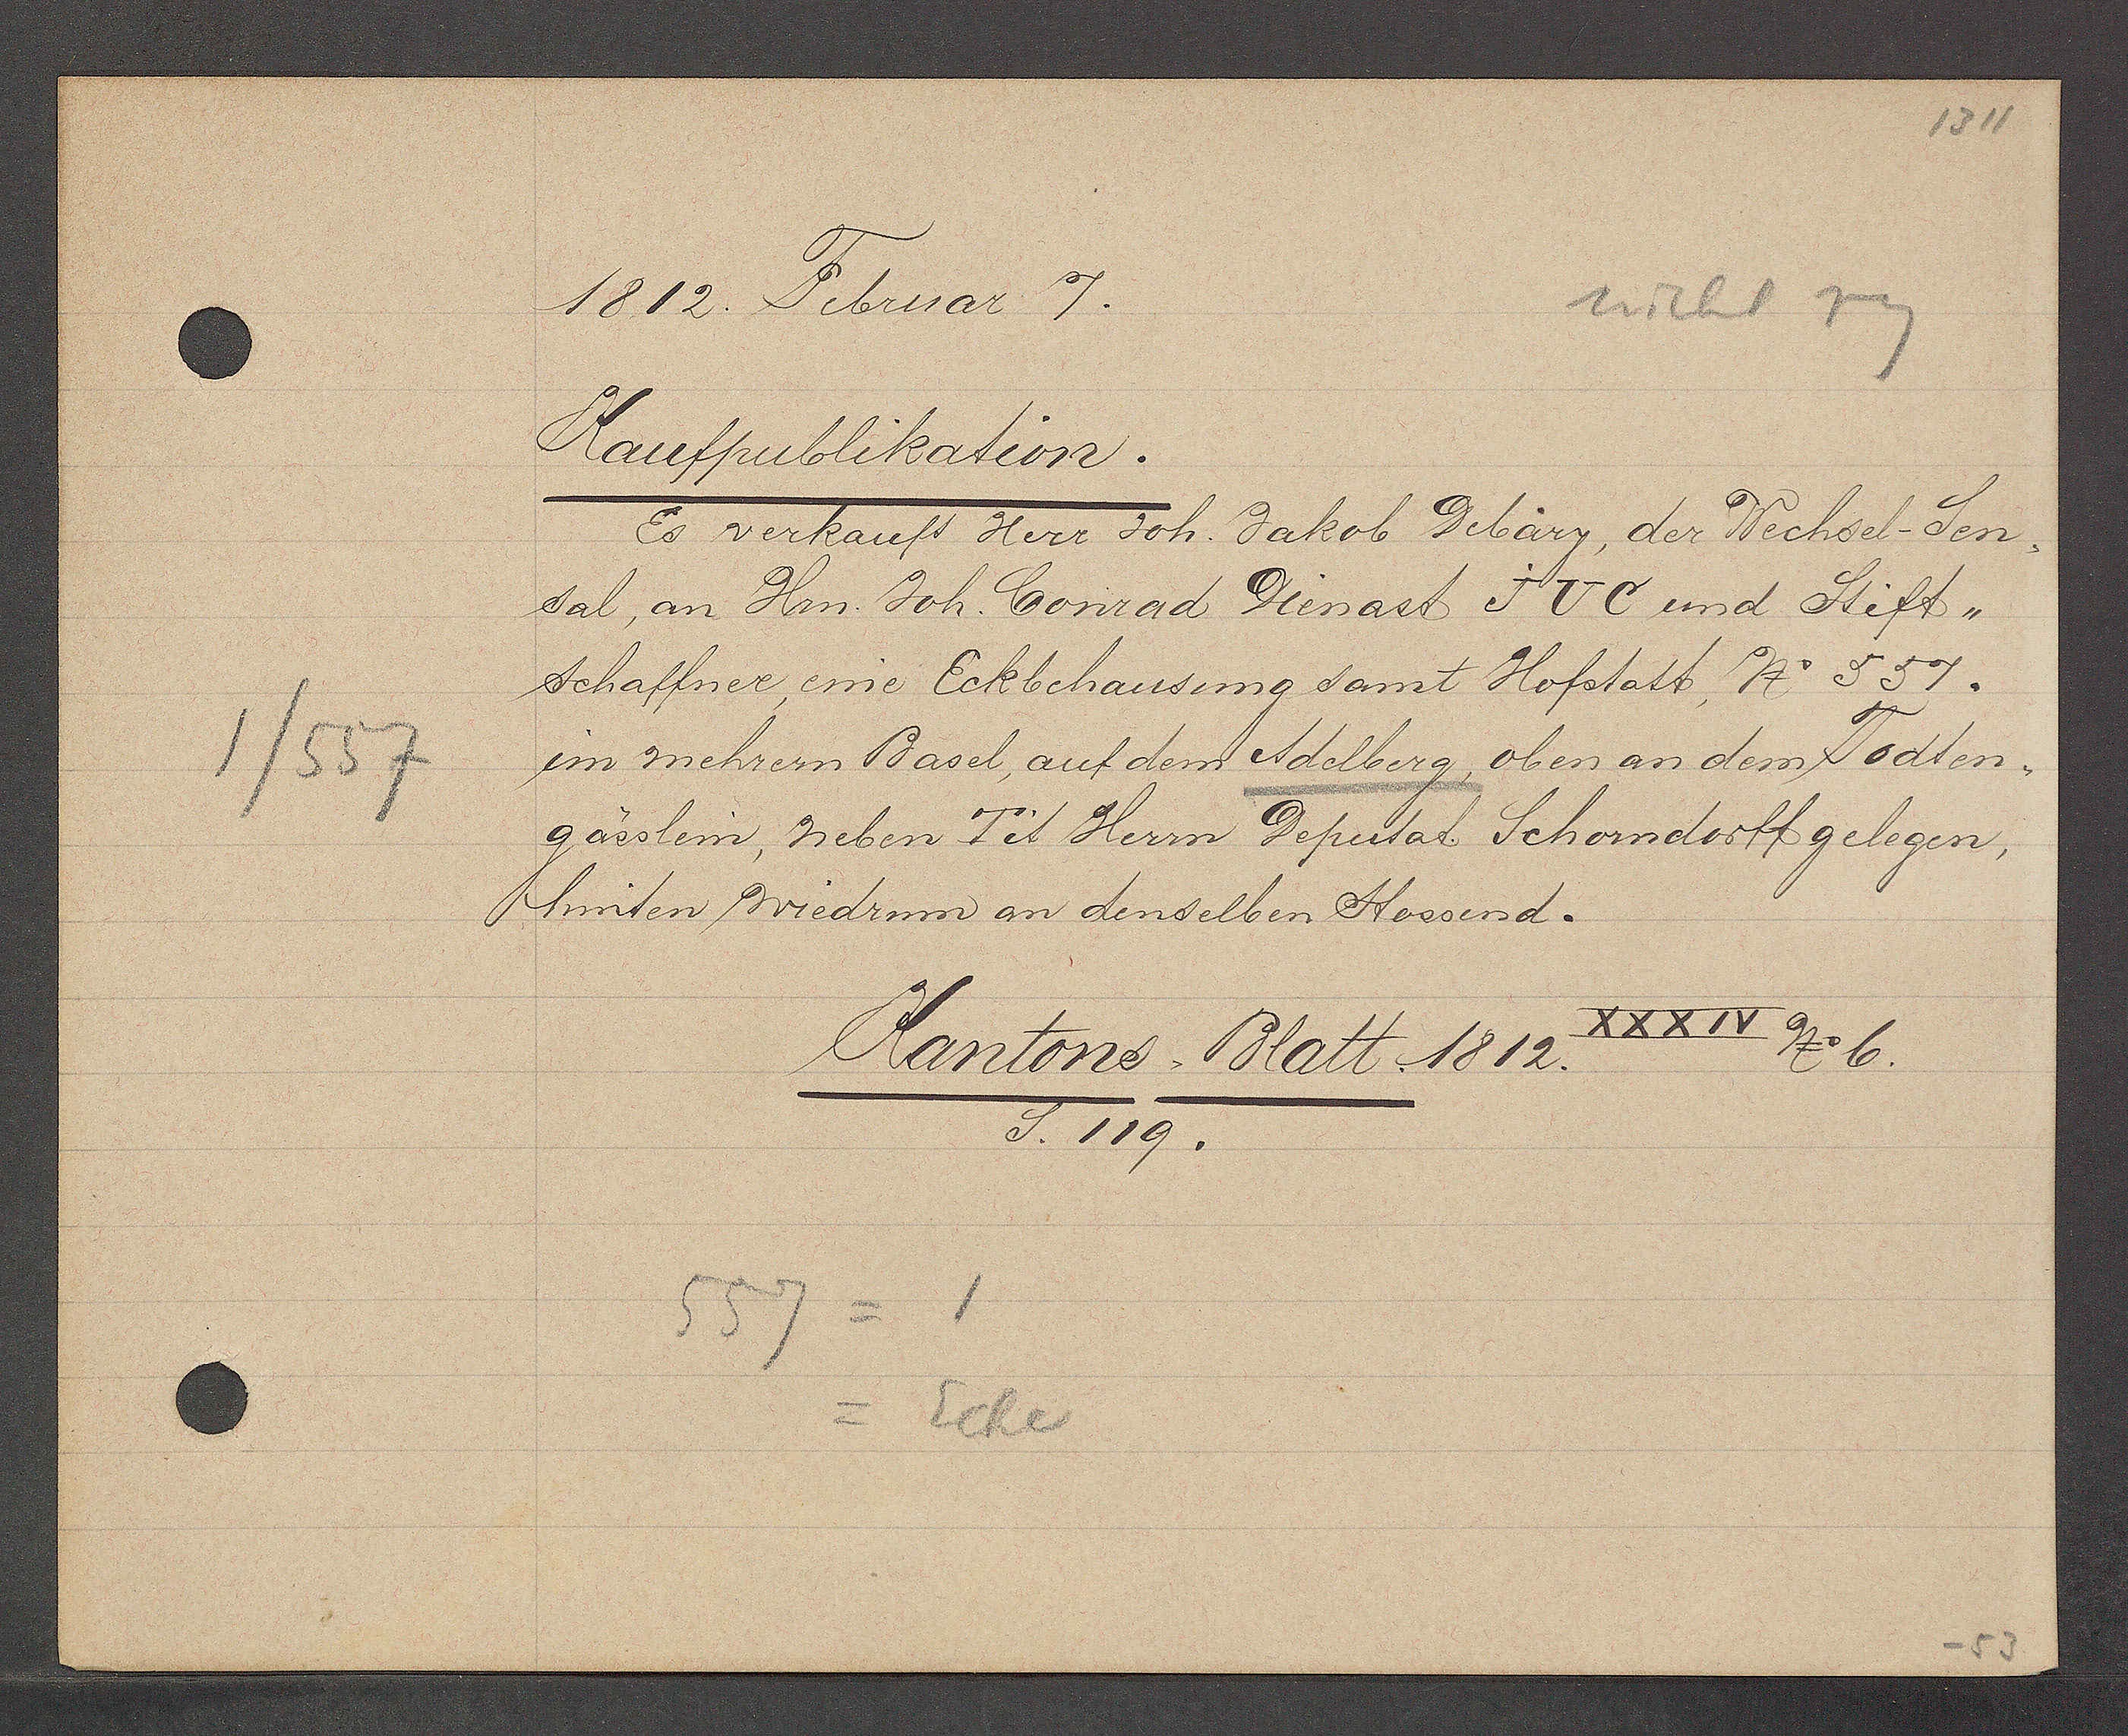
Transcript:
1/557

1812. Februar 7

557 =1
= Ecke

Kaufpublikation.
Es verkauft Herr Joh. Jakob Debäry, der Wechsel-Sen¬
sal, an Hrn Joh. Conrad Dienast JUC und Stift-
schaffner eine Eckbehausung samt Hofstatt, No 557.
im mehrern Basel, auf dem Adelberg oben an dem Todten¬
gässlein, neben Tit Herrn Deputat Schorndorff gelegen,
hinten wiedrum an denselben Stossend.

Kantons Blatt. 1812. XXXIV No 6.
S. 119.